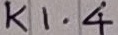
Text: K1.4